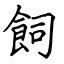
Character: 飼